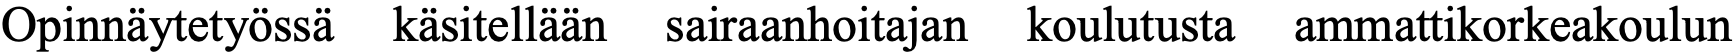
Opinnäytetyössä käsitellään sairaanhoitajan koulutusta ammattikorkeakoulun